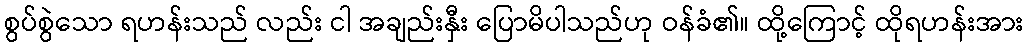
စွပ်စွဲသော ရဟန်းသည် လည်း ငါ အချည်းနှီး ပြောမိပါသည်ဟု ဝန်ခံ၏။ ထို့ကြောင့် ထိုရဟန်းအား